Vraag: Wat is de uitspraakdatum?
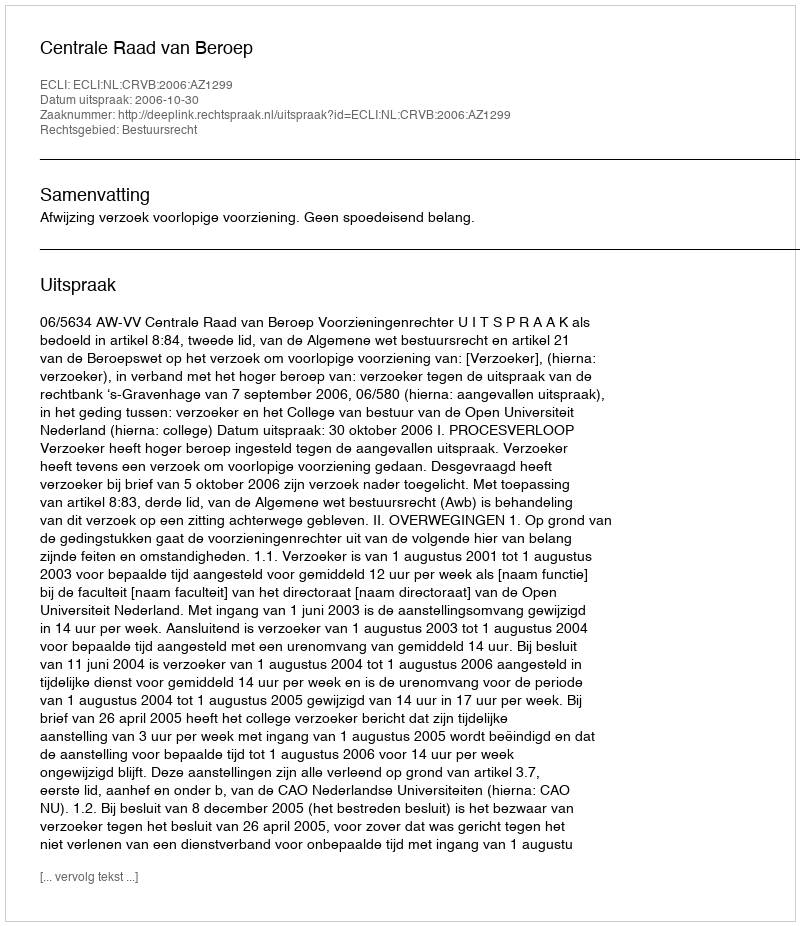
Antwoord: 2006-10-30